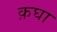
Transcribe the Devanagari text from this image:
क़घा